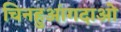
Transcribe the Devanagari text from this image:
चिनहुआंगदाओ